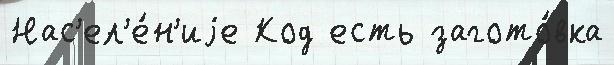
Нас'ел'е́н'иjе Код есть загото́вка